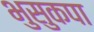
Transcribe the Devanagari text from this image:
भुसुकपा